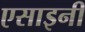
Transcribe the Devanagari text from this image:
एसाइनी